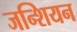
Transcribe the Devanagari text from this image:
जन्शियन